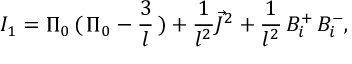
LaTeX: I _ { 1 } = \Pi _ { 0 } \, ( \, \Pi _ { 0 } - \frac { 3 } { l } \, ) + \frac { 1 } { l ^ { 2 } } \vec { J } ^ { 2 } + \frac { 1 } { l ^ { 2 } } \, B _ { i } ^ { + } \, B _ { i } ^ { - } ,